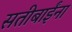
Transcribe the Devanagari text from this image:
सतीबाईंना